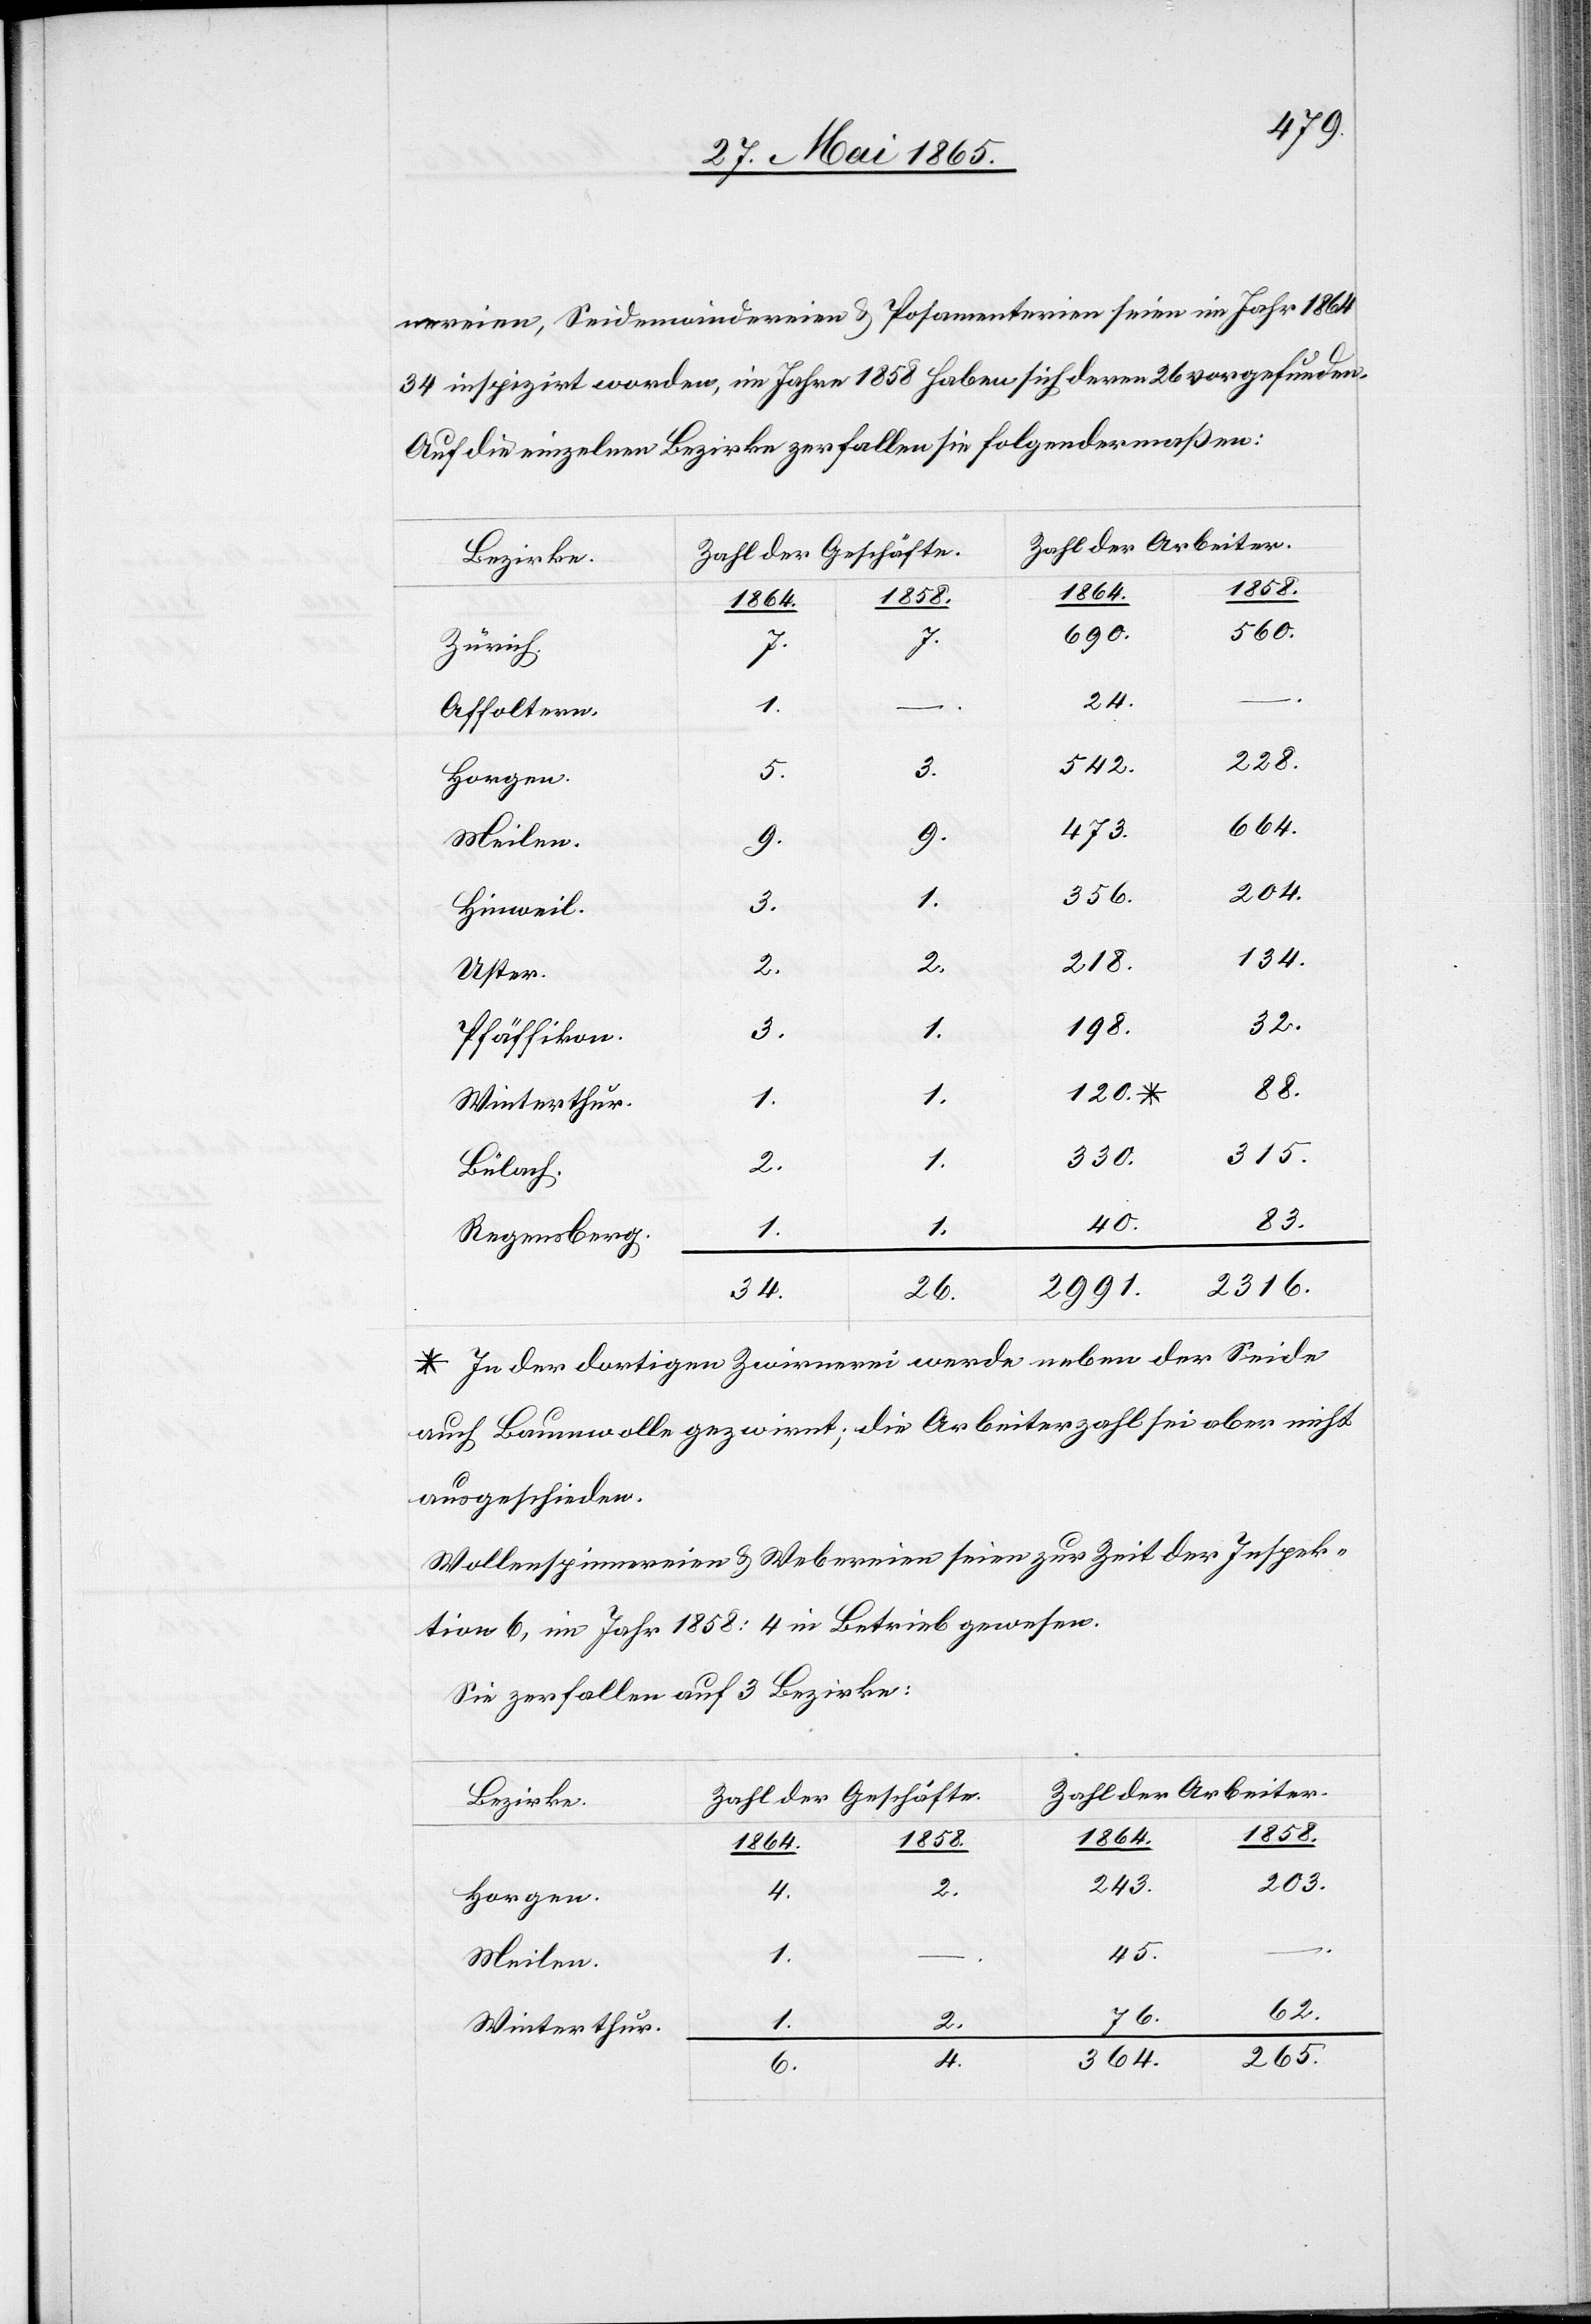
nereien, Seidenwindereien & Posamenterien seien im Jahr 1864
34 inspizirt worden, im Jahre 1858 haben sich deren 26 vorgefunden.
Auf die einzelnen Bezirke fallen sie folgendermaßen:
Zahl der Geschäfte.
560.
690.
5.
3.
Zürich.
Affoltern.
228.
542.
664.
473.
9.
9.
204.
356.
Hinweil.
134.
218.
2.
2.
Uster.
32.
198.
3.
1.
Pfäffikon.
88.
120. *
1.
1.
315.
330.
1.
2.
Bülach.
83.
40.
Regensberg.
2316.
2991.
34.
26.
* In der dortigen Zwirnerei werde neben der Seide
auch Baumwolle gezwirnt; die Arbeiterzahl sei aber nicht
ausgeschieden.
Wollenspinnereien & Webereien seien zur Zeit der Inspek¬
tion 6, im Jahr 1858: 4 in Betrieb gewesen.
Sie zerfallen auf 3 Bezirke:
Zahl der Arbeiter.
Bezirke.
1858.
1864.
1858.
1864.
203.
243.
Horgen.
–
45.
Meilen.
62.
6.
2.
1.
Winterthur.
265.
4.
364.